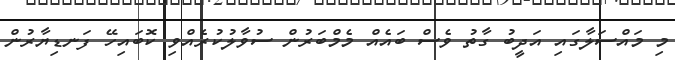
މި މައްސަލާގައި އަދީބު ގާތު ވެސް ބައެއް މެމްބަރުން ސުވާލުކުރެއްވި ކޮބައިހޭ ފަނޑިޔާރުން